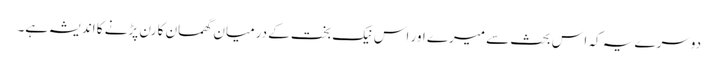
دوسرے یہ کہ اس بحث سے میرے اور اس نیک بخت کے درمیان گھمسان کا رن پڑنے کا اندیشہ ہے۔